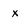
Character: x